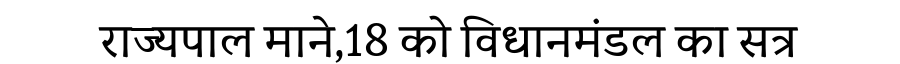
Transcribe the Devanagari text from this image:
राज्यपाल माने,18 को विधानमंडल का सत्र